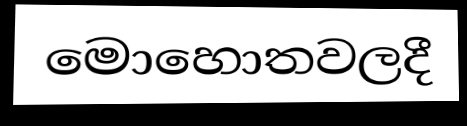
මොහොතවලදී